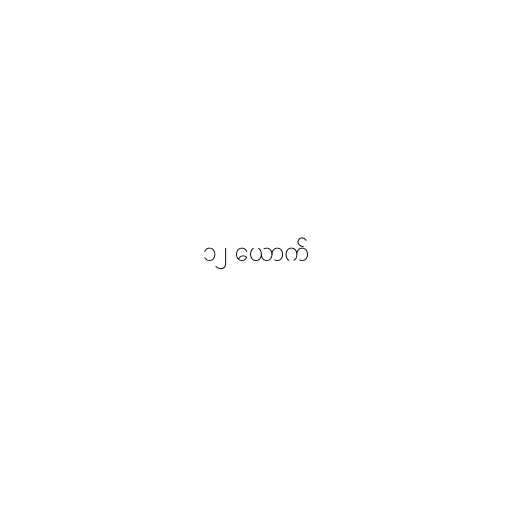
၁၂ ယောက်